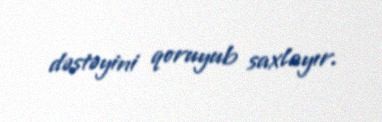
dəstəyini qoruyub saxlayır.